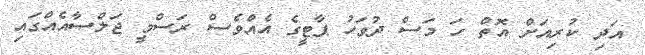
އަދި ކުރިއަށް އޮތް ހަ މަސް ދުވަހު ޕާޓީގެ އެއްވެސް ރަސްމީ ޖަލްސާއެއްގައި